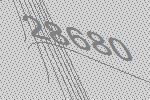
28680